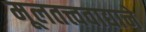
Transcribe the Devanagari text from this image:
मूलतत्त्ववाद्याने